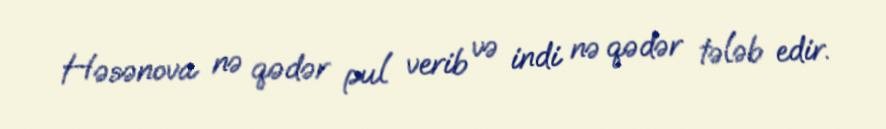
Həsənova nə qədər pul verib və indi nə qədər tələb edir.